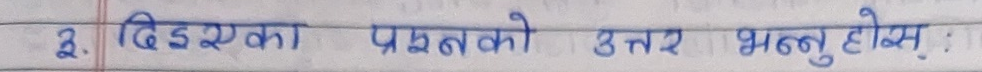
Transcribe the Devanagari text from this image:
२. दिइएका प्रश्नको उत्तर भन्नुहोस् :